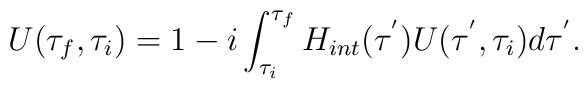
U(\tau_{f},\tau_{i})=1-i\int_{\tau_{i}}^{\tau_{f}}H_{int}(\tau^{'})U(\tau^{'},\tau_{i})d\tau^{'}.